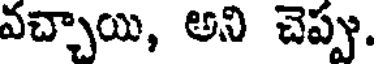
వచ్చాయి, అని చెప్పు.